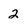
Character: 2